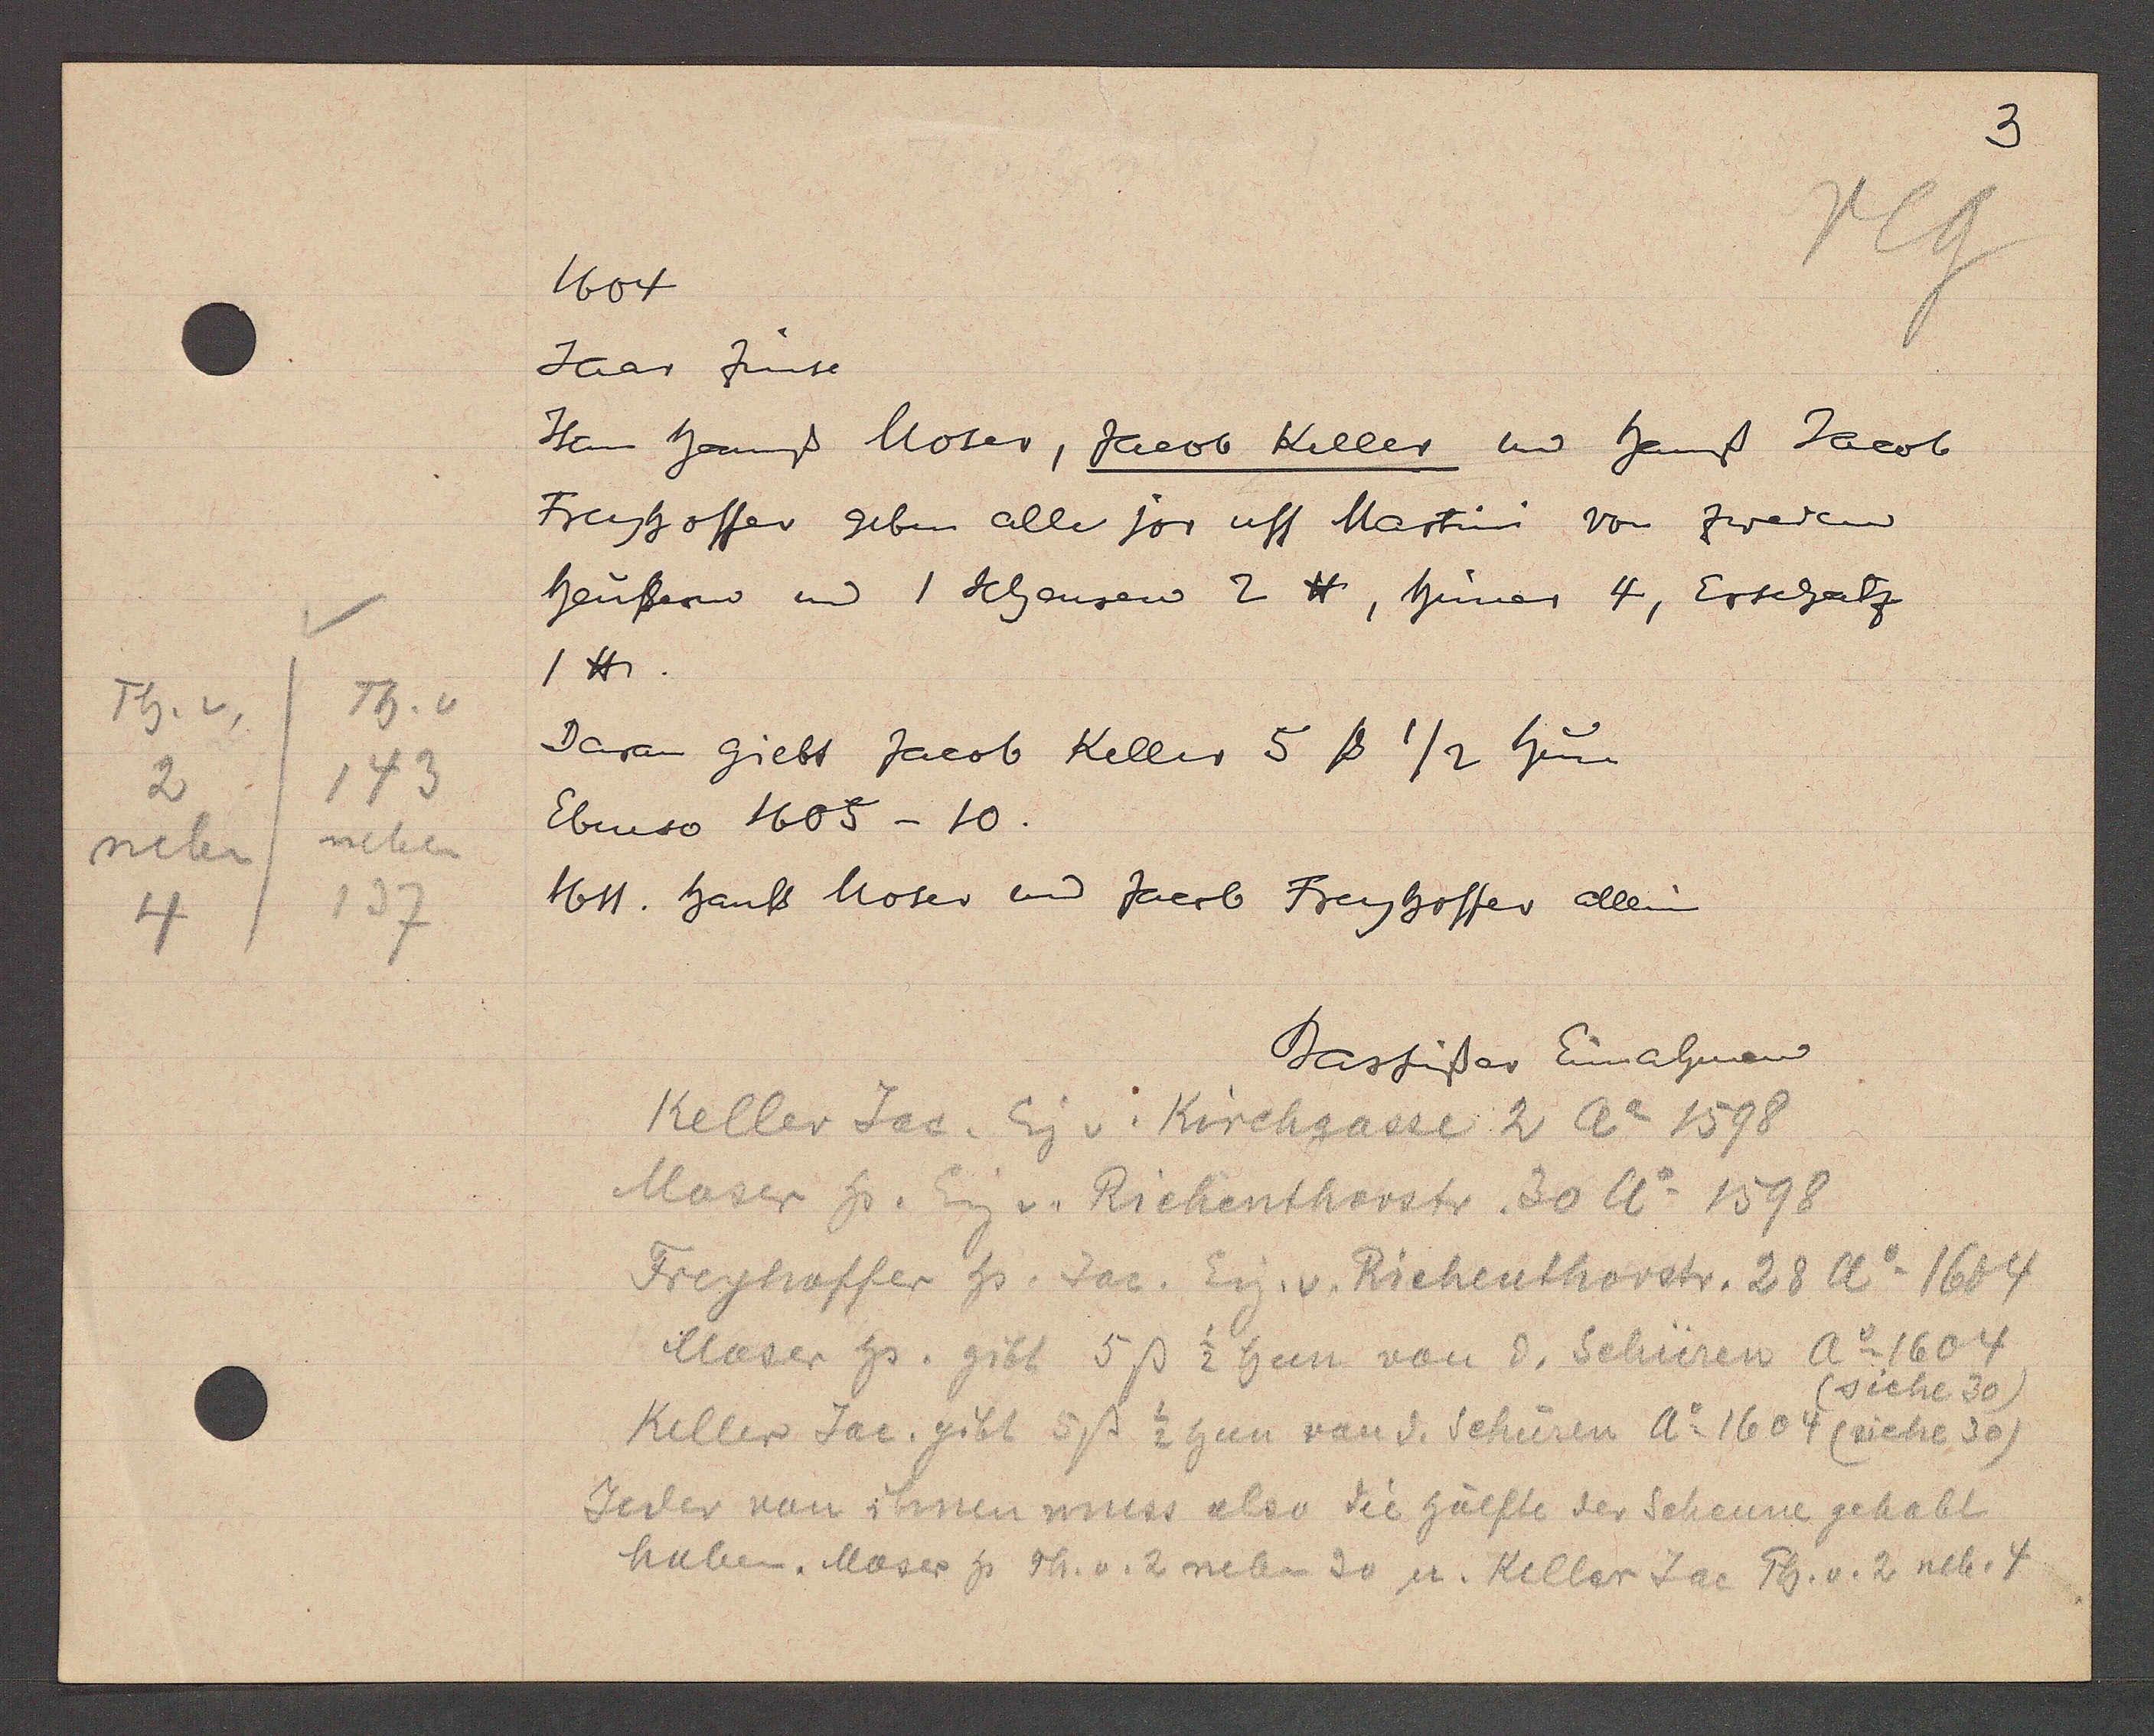
Transcript:
Th. v
Th. v
2
143
neben
neben
137
4

1604

Jaar zinse
Item Hannß Moser, Jacob Keller und hans Jacob
Freyhoffer geben alle jor uff Martini von zweien
heussern und 1 Scheuren 2 ℔, huner 4, Erschatz
1℔
Daran giebt Jacob Keller 5ß 1/2 hun
Ebenso 1605 - 10.
1611. Hanss Moser und Jacob Freyhoffer allein

Barfüsser Einnahmen

Keller Jac. Eig v. Kirchgasse 2 Ao 1598
Maser hs. Eig v. Richenthorstr. 30 Ao 1598
Freyhoffer hs. Jac. Eig. v. Riehenthorstr. 28 Ao 1604
Moser hs. gibt 5ß 1/2 hun von d. Schüren Ao 1604
(siehe 30)
Keller Jac. gibt 5ß 1/2 hun von d. Schüren Ao 1604 (siehe 30)
Jeder von ihnen muss also die hälfte der Scheune gehabt
haben Moser hs Th. v. 2 neben 30 u. Keller Jac Th. v. 2 neb. 4